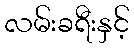
လမ်းခရီးနှင့်